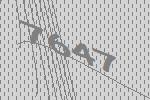
7647